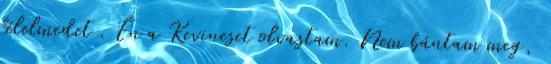
félelmedet . Én a Kevineset olvastam. Nem bántam meg,